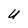
Character: U